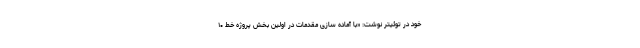
خود در توئیتر نوشت: «با آماده سازی مقدمات در اولین بخش پروژه خط ۱۰